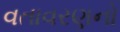
વતાવરણનો